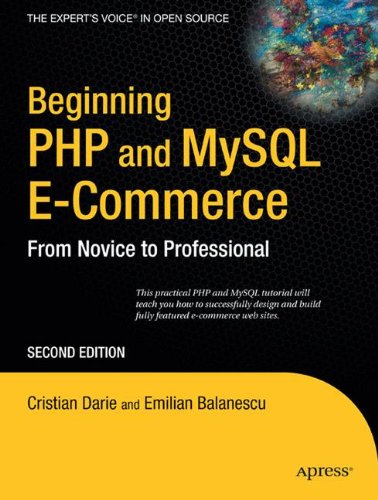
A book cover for Beginning PHP and MySQL E-Commerce: From Novice to Professional, Second Edition; Cristian Darie; Computers & Technology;